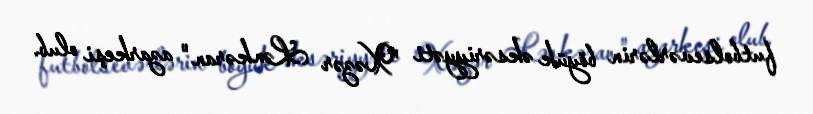
futbolsevərlərin böyük əksəriyyəti "Xəzər Lənkəran" azarkeşi olub.